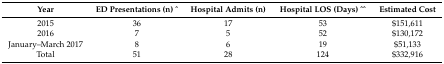
| Year | ED Presentations (n) ^ | Hospital Admits (n) | Hospital LOS (Days) ^^ | Estimated Cost |
 | --- | --- | --- | --- | --- |
 | 2015 | 36 | 17 | 53 | $151,611 |
 | 2016 | 7 | 5 | 52 | $130,172 |
 | January–March 2017 | 8 | 6 | 19 | $51,133 |
 | Total | 51 | 28 | 124 | $332,916 |